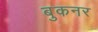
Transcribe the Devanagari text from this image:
बुकनर